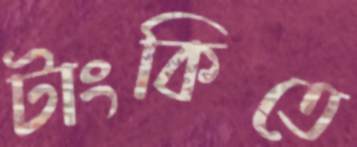
টাংকিতে